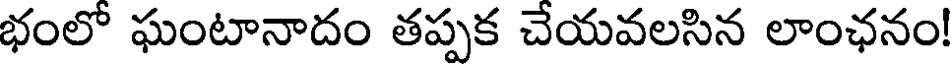
భంలో ఘంటానాదం తప్పక చేయవలసిన లాంఛనం!